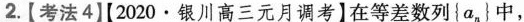
2.【考法42020·银川高三元月调考】在等差数列{a_{n}}中，